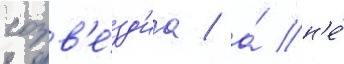
созв'е́зд'иа / а́ н'е́